Indian journal of veterinary science and animal husbandry - Volumes 28-29, 1958-1959
Year: 1958
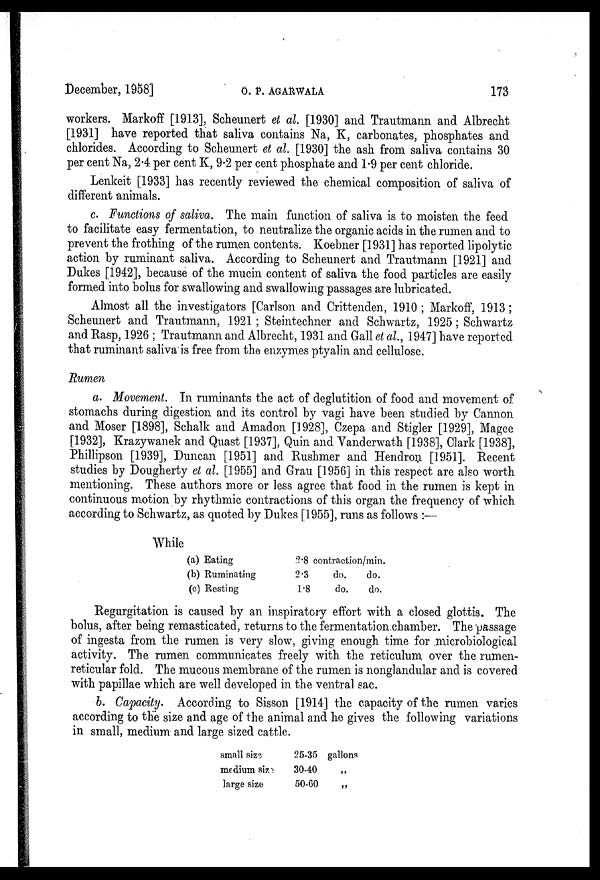
December, 1958]
O.
P.
AGARWALA
173
workers. Markoff [1913], Scheunert et al. [1930] and Trautmann and Albrecht
[1931] have reported that saliva contains Na, K, carbonates, phosphates and
chlorides. According to Scheunert et al. [1930] the ash from saliva contains 30
per cent Na, 2.4 per cent K, 9.2 per cent phosphate and 1.9 per cent chloride.
Lenkeit [1933] has recently reviewed the chemical composition of saliva of
different animals.
c. Functions of saliva. The main function of saliva is to moisten the feed
to facilitate easy fermentation, to neutralize the organic acids in the rumen and to
prevent the frothing of the rumen contents. Koebner [1931] has reported lipolytic
action by ruminant saliva. According to Scheunert and Trautmann [1921] and
Dukes [1942], because of the mucin content of saliva the food particles are easily
formed into bolus for swallowing and swallowing passages are lubricated.
Almost all the investigators [Carlson and Crittenden, 1910 ; Markoff, 1913 ;
Scheunert and Trautmann, 1921 ; Steintechner and Schwartz, 1925 ; Schwartz
and Rasp, 1926 ; Trautmann and Albrecht, 1931 and Gall et al., 1947] have reported
that ruminant saliva is free from the enzymes ptyalin and cellulose.
Rumen
a. Movement. In ruminants the act of deglutition of food and movement of
stomachs during digestion and its control by vagi have been studied by Cannon
and Moser [1898], Schalk and Amadon [1928], Czepa and Stigler [1929], Magee
[1932], Krazywanek and Quast [1937], Quin and Vanderwath [1938], Clark [1938],
Phillipson [1939], Duncan [1951] and Rushmer and Hendron [1951]. Recent
studies by Dougherty et al. [1955] and Grau [1956] in this respect are also worth
mentioning. These authors more or less agree that food in the rumen is kept in
continuous motion by rhythmic contractions of this organ the frequency of which
according to Schwartz, as quoted by Dukes [1955], runs as follows :—
While
(a) Eating
(b) Ruminating
(c) Resting
2.8 contraction/min.
2.3
do.
do.
1.8
do.
do.
Regurgitation is caused by an inspiratory effort with a closed glottis. The
bolus, after being remasticated, returns to the fermentation chamber. The passage
of ingesta from the rumen is very slow, giving enough time for microbiological
activity. The rumen communicates freely with the reticulum over the rumen-
reticular fold. The mucous membrane of the rumen is nonglandular and is covered
with papillae which are well developed in the ventral sac.
b. Capacity. According to Sisson [1914] the capacity of the rumen varies
according to the size and age of the animal and he gives the following variations
in small, medium and large sized cattle.
small size
medium size
large size
25-35
30-40
50-60
gallons
„
„